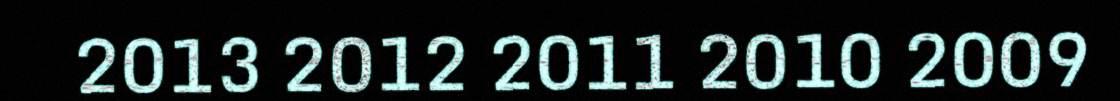
2013 2012 2011 2010 2009